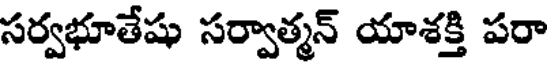
సర్వభూతేషు సర్వాత్మన్ యాశక్తి పరా